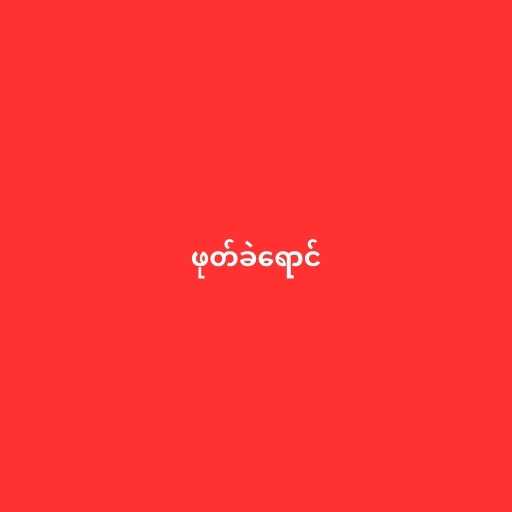
ဖုတ်ခဲရောင်